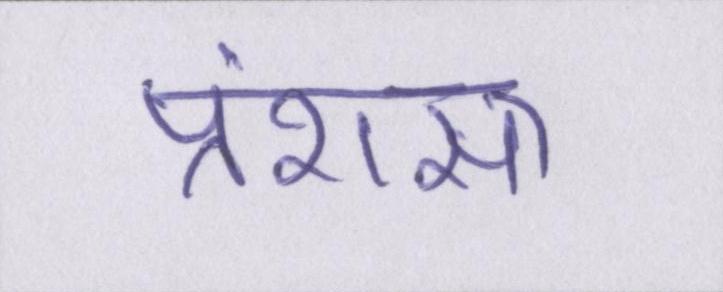
प्रंशसा